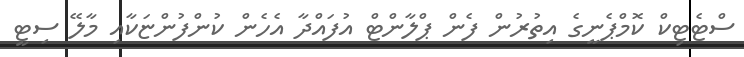
ސްޓެޓިކް ކޮމްޕެނީގެ އިތުރުން ފެން ޕްލާންޓް އުފައްދާ އެހެން ކުންފުންޏަކާއި މާލޭ ސިޓީ